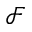
\mathcal { F }